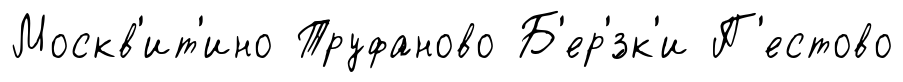
Москв'ит'ино Труфаново Б'ер'́зк'и П'естово